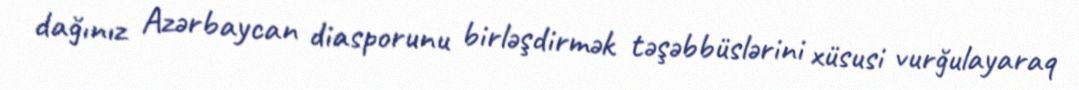
dağınız Azərbaycan diasporunu birləşdirmək təşəbbüslərini xüsusi vurğulayaraq